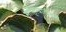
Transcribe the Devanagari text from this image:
साहित्यातीलही